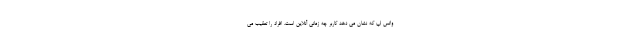
واتس اپ که نشان می دهد کاربر چه زمانی آنلاین است، افراد را تعقیب می